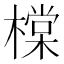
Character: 橖